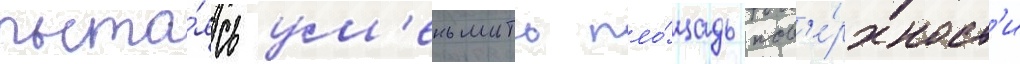
пыта́ясь ум'еньшить пло́щадь пов'е́рхност'и